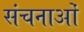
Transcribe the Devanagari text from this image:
संचनाओं